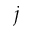
j